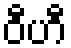
ဝီဟီ